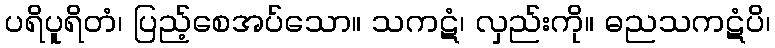
ပရိပူရိတံ၊ ပြည့်စေအပ်သော။ သကဋံ၊ လှည်းကို။ ဓညသကဋံပိ၊